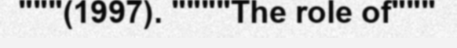
"""(1997). """"The role of"""